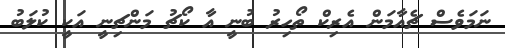
ނަމަވެސް ޗެއާމަން އެރިކް ތޯހިރު ބުނީ އާ ކޯޗު މަންޗިނީ އަކީ ކުލަބު